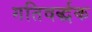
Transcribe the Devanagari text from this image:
गतिवर्द्धक